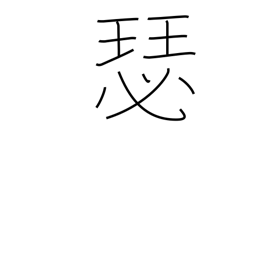
Meaning: large koto